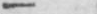
-